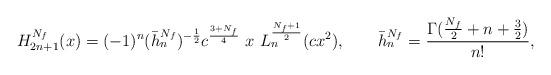
LaTeX: \begin{align*}\mathnormal{H}_{2n+1}^{N_{f}}(x)=(-1)^{n}(\bar{h}_{n}^{N_{f}})^{-\frac{1}{2}}c^{\frac{3+N_{f}}{4}} \ x \ \mathnormal{L}_{n}^{\frac{N_{f}+1}{2}}(cx^{2}),\qquad \bar{h}^{N_{f}}_{n}=\frac{\Gamma(\frac{N_{f}}{2}+n+\frac{3}{2})}{n!},\end{align*}